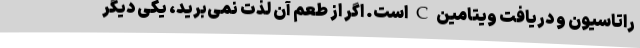
راتاسیون و دریافت ویتامین C است. اگر از طعم آن لذت نمی‌برید، یکی دیگر